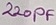
Text: 220PF